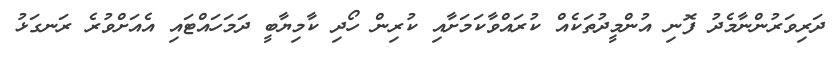
ދަރިވަރުންނާމެދު ފޮނި އުންމީދުތަކެއް ކުރައްވާކަމަށާއި ކުރިން ހޯދި ކާމިޔާބީ ދަމަހައްޓައި އެއަށްވުރެ ރަނގަޅު